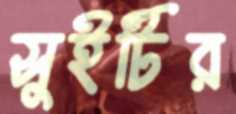
সুইটির